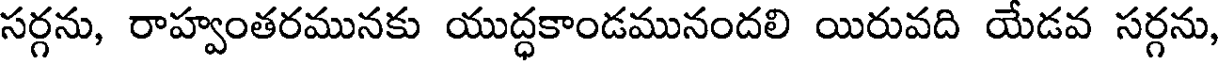
సర్గను, రాహ్వంతరమునకు యుద్ధకాండమునందలి యిరువది యేడవ సర్గను,